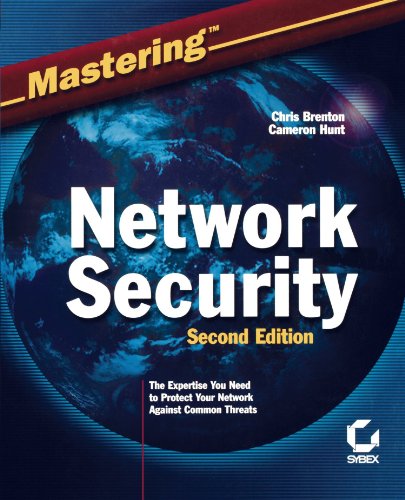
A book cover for Mastering Network Security; Chris Brenton; Computers & Technology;